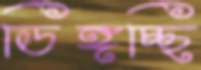
ডিঙ্গচ্ছি